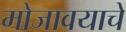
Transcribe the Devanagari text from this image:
मोजावयाचे